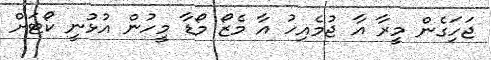
ޖަހަިގެން މީރާ އާ ޖުމެއިހު އާ މެޒޯ މޯޑާ މީހުން އުޅުނީ ކޯޓަށް